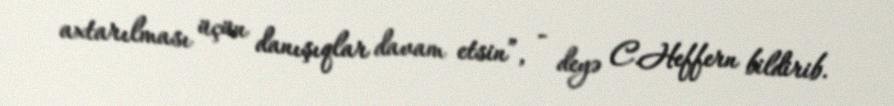
axtarılması üçün danışıqlar davam etsin”, - deyə C.Heffern bildirib.